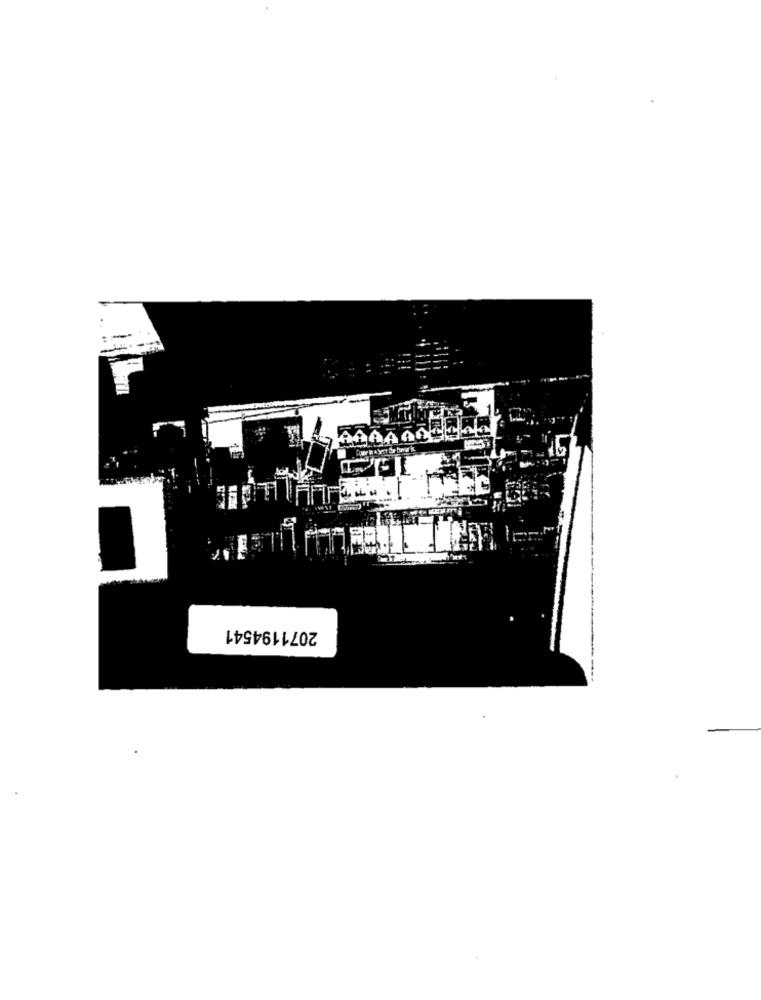
2071194541